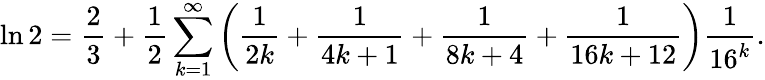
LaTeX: \ln 2={\frac{2}{3}}+{\frac{1}{2}}\sum_{k=1}^{\infty}\left({\frac{1}{2k}}+{\frac{1}{4k+1}}+{\frac{1}{8k+4}}+{\frac{1}{16k+12}}\right){\frac{1}{16^{k}}}.